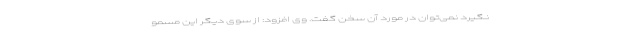
نگیرد نمی‌توان در مورد آن سخن گفت. وی افزود: از سوی دیگر این مسمو